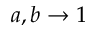
a , b \rightarrow 1